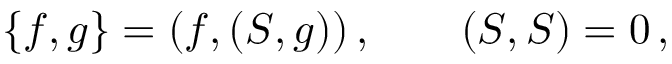
\{ f , g \} = ( f , ( S , g ) ) \, , \qquad ( S , S ) = 0 \, ,